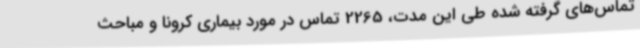
تماس‌های گرفته شده طی این مدت، 2265 تماس در مورد بیماری کرونا و مباحث